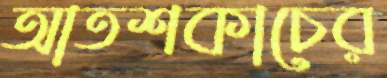
আতশকাচের